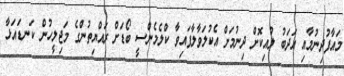
މައާފުދިނުމާއި އަދަބު ލުއިކޮށް ދިނުމަށް އެކުލަވާލާފައިވާ ކްލެމެންސީ ބޯޑަށް ރައްޔިތުންގެ މަޖިލީހުން ކަނޑައަޅާ